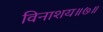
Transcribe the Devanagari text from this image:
विनाशय॥७॥